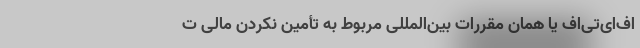
اف‌ای‌تی‌اف یا همان مقررات بین‌المللی مربوط به تأمین نکردن مالی ت